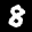
Label: 8